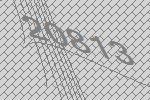
20813